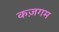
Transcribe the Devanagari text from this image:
कज़गम